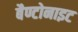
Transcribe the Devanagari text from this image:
बैण्टोनाइट